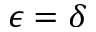
\epsilon = \delta